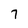
Character: 7